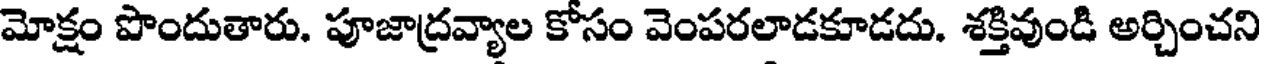
మోక్షం పొందుతారు. పూజాద్రవ్యాల కోసం వెంపరలాడకూడదు. శక్తివుండి అర్చించని